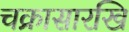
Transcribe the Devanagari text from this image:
चक्रासारखि